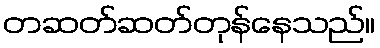
တဆတ်ဆတ်တုန်နေသည်။